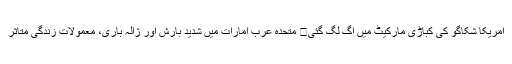
امریکا شکاگو کی کباڑی مارکیٹ میں آگ لگ گئی	 متحدہ عرب امارات میں شدید بارش اور ژالہ باری، معمولات زندگی متاثر